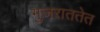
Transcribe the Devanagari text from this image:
गुजराततेत